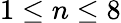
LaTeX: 1\leq n\leq 8